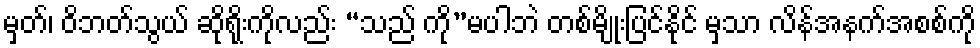
မှတ်၊ ဝိဘတ်သွယ် ဆိုရိုးကိုလည်း “သည် ကို”မပါဘဲ တစ်မျိုးပြင်နိုင် မှသာ လိန်အနက်အစစ်ကို